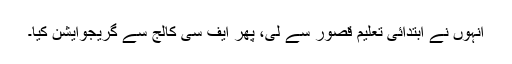
انہوں نے ابتدائی تعلیم قصور سے لی، پھر ایف سی کالج سے گریجوایشن کیا۔